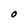
Character: O